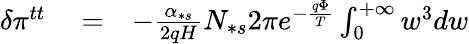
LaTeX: \begin{array}{rlr}{\delta\pi^{tt}}&{{}=}&{-\frac{\alpha_{\ast s}}{2qH}N_{\ast s}2\pi e^{-\frac{q\Phi}{T}}\int_{0}^{+\infty}w^{3}dw}\end{array}